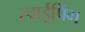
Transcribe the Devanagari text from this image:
स्वाईपिंग